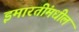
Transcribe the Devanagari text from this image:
इमारतींमधील